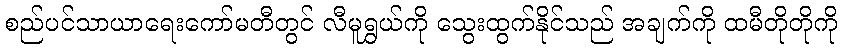
စည်ပင်သာယာရေးကော်မတီတွင် လီမူရွှယ်ကို သွေးထွက်နိုင်သည် အချက်ကို ထမီတိုတိုကို